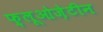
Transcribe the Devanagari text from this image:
फ़्लूओज़ेटीन